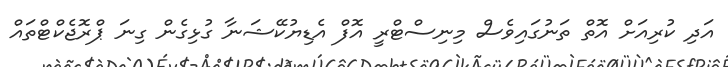
އަދި ކުރިއަށް އޮތް ތަނުގައިވެސް މިނިސްޓްރީ އޮފް އެޑިޔުކޭޝަނާ ގުޅިގެން ގިނަ ޕްރޮޖެކްޓްތައް